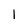
Character: 1